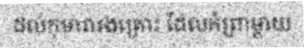
ដល់កុមារារងគ្រោះ ដែលកំព្រាម្តាយ